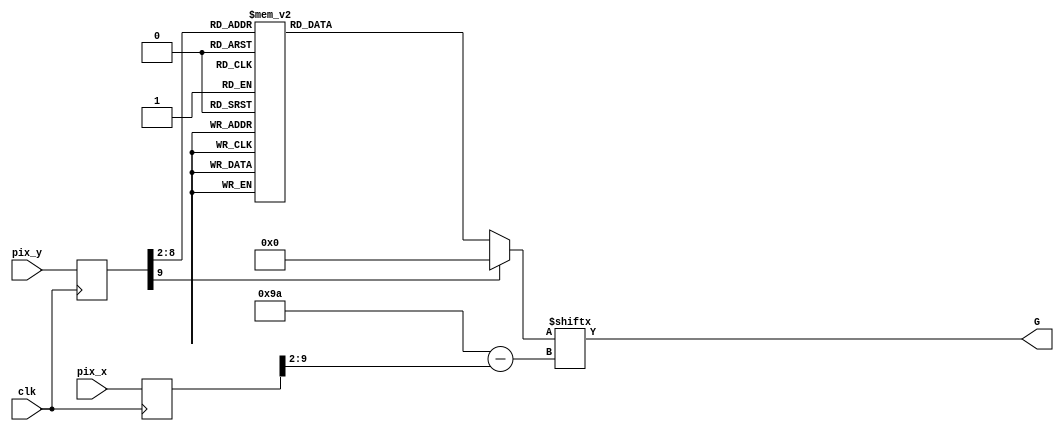
module G_rom
   (
      input wire clk,
      input wire [9:0] pix_x, pix_y,
      output wire G
    );
    
    // Internal signal
    reg [0:154] data;
    reg [9:0] pix_y_reg,pix_x_reg;
    
    always@(posedge clk)
       begin
           pix_x_reg <= pix_x;
           pix_y_reg <= pix_y;
       end
       
    
    
    always@*
       case (pix_y_reg[9:2])
        
	8'h000: data =160'b1111111111111111111111111111111111111111111111111111111111111111111111111111111111111111111111111111111111111111111111111111111111111111111111111111111111111111;
8'h001: data =160'b1111111111111111111111100110011111111111111111111111111111111111111111111111111111111111111111111111111111111111111111111111111111111111111111111111111111111111;
8'h002: data =160'b1111111111111111111101111111111011111111111111111111111111111111111111111111111111111111111111111111111111111111111111111111111111111111111111111111111111111111;
8'h003: data =160'b1111111111111111111001111111111101111111111111111111111111111111111111111111111111111111111111111111111111111111111111111111111111111111111111111111111111111111;
8'h004: data =160'b1111111111111111110001111111111110111111111111111111111111111111111111111111111111111111111111111111111111111111111111111111111111111111111111111111111111111111;
8'h005: data =160'b1111111111111111111001111111111111011111111111111111111111111111111111111111111111111111111111111111111111111111111111111111111111111111111111111111111111111111;
8'h006: data =160'b1111111111111111111001111111111111101111111111111111111111111111111111111111111111111111111111111111111111111111111111111111111111111111111111111111111111111111;
8'h007: data =160'b1111111000001111111000111111111111101111111111111111111111111111111111111111111111111111111111111111111111111111111111111111111111111111111111111111111111111111;
8'h008: data =160'b1111101111111011111100111111111111110111111111111111111111111111111111111111111111111111111111111111111001111110000011111111111111111111111111111111111111111111;
8'h009: data =160'b1110111111111111111100011111111111110111111111111111111111111111111111100111111110011111111111111111101111111111111110111111111111111111111111111111111111111111;
8'h00a: data =160'b1101111111111110111110011111111111111011111111111111111111111111111101111111111111111001111111111111111111111111111111101111111111111111111111111111111111111111;
8'h00b: data =160'b1101111111111111011110001111111111111011111111111111111111111111110111111111111111111111011111111101111111111111111111111011111111100000000000000000000000000001;
8'h00c: data =160'b1100111111111111101111001111111111111101111111111111111111111111011111111110000001111111110111111011111111111110111111111101111111000000000000000000000000000001;
8'h00d: data =160'b1100011111111111101111000111111111111111111111111111111111111110111111110000000000001111111011111111111111100000000011111111111111011111111111111111111111111101;
8'h00e: data =160'b1110011111111111110111100011111111111110111111111111111111111011111111100001111100000011111100011111111110000001100000111110111111001111111100110110111111111101;
8'h00f: data =160'b1110001111111111111011100011111111111110111111111111111111110111111110001111111111100011111111111111111100011111111110011111011111001111100111110111010011111101;
8'h010: data =160'b1111000111111111111111110000111111111111011111111111111111100111111100111111111111110001111111111111111101111111111111101111011111001110011110110110111100111101;
8'h011: data =160'b1111100011111111111101110000011111111111111111111111111111001111111001111111111111111001111111111111111001111111111111110111101111001001111111010101111110001101;
8'h012: data =160'b1111100001111111111111011111111111111111101111111111111111001111110111111111111111111001111111111111111011111111111111110111101111010001111111110011001011001101;
8'h013: data =160'b1111110000111111111111111111111111111011111111111111111110001111110111111111111111111101111111111111110111111111111111111011101111010011111111110111101011100101;
8'h014: data =160'b1111111000011111111111111111111111101111111111111111111110011111101111111111111111111101111111111111110111111111111111111111111111010011111111100111011111100101;
8'h015: data =160'b1111111100001111111111111111111111111111111111111111111110011111011111111111110001111110111111111111110111111111100011111101110111011001111111010010010111001101;
8'h016: data =160'b1111111110000111111111111111111101111111111111110111111100011111111111111111111100011110111111111111101111111111110001111101110111001000111110110101111110011101;
8'h017: data =160'b1111111110000011111111111111111111111111111111110111111100111110111111111111111100001110111111111111101111111111111000111101110111001110001110110110101000111101;
8'h018: data =160'b1111111111000000111111111111111111111111111111110111111100111110111111111111111100000111111111111111101111111111110000011101110111001111100001110111000011111101;
8'h019: data =160'b1111111111100000011111111111110111111111110000000111111100111111111111111101111000000111011111111111101111111011100011011101110111001111111111110111111111111101;
8'h01a: data =160'b1111111111110000001111111111110001111110000000000111111000111101111111111100000000110111011111111111111111111000000011011101110111001111111111111111111111111101;
8'h01b: data =160'b1111111111111000000111111111111000000000000000001111111000111101111111111100000000110111011111111111111111111000000011011111110111000000000000000000000000000001;
8'h01c: data =160'b1111111111111100000011111111111000000000000000011111111001111101111111111101111011101111011111111111011111111101111110111111110111111111111111000111111111111111;
8'h01d: data =160'b1111111111111110000000111111111000000000000000001111110000111101111111111110111111001111011111111111011111111110011001111111110011111111111111000111111111111111;
8'h01e: data =160'b1111111111111111000000000000000000000000000000001111100000111111111111111111001110111111011111111111101111111111101111111011111001111111111111000111111111111111;
8'h01f: data =160'b1111111111111111100000000000000000000000000000000111000000011111111111111111110011111101111111111111110011111111111111110111111110111111111111000111111111111111;
8'h020: data =160'b1111111111111111110000000000000000000000000000000010011111111101111111111111111111110111111111111111111110011111111111111111111111011111111111000111111111111111;
8'h021: data =160'b1111111111111111111000000000000000000000000000000000111111111110011111111111111111011111111111111111111111111111111111111111111111101111111111000111111111111111;
8'h022: data =160'b1111111111111111111100000000000000000000000000000001111111111111111111111111110111111111111111111111111111111111111111111111111111110111111111000111111111111111;
8'h023: data =160'b1111111111111111111110000000000000000000000000000011111111111111111111111111111111111111111111111111111111111111111111111111111111111011111111000111111111111111;
8'h024: data =160'b1111111111111111111111000000000000000000000000000111111111111111111111111111111111111111111111111111111111111111111111111111111111111101111111000111111111111111;
8'h025: data =160'b1111111111111111111111100000000000000000000000001111111111111111111111111111111111111111111111111111111111111111111111111111111111111101111111000111111111111111;
8'h026: data =160'b1111111111111111111111110000000000000000000000001111111111111111111111111111111111111111111111111111111111111111111111111111111111111110111111000111111111111111;
8'h027: data =160'b1111111111111111111111111000000000000000000000011111111111111111111111111111111111111111111111111111111111111111111111111111111111111110111111000111111111111111;
8'h028: data =160'b1111111111111111111111111100000000000000000000011111111111111111111111111111111111111111111111111111111111111111111111111111111111111111011111000111111111111111;
8'h029: data =160'b1111111111111111111111111110000000000000000000011111111111111111111111111111111111111111111111111111111111111111111111111111111111111111011111000111111111111111;
8'h02a: data =160'b1111111111111111111111111111000000000000000000001111111111111111111111111111111111111111111111111111111111111111111111111111111111111111001111000111111111111111;
8'h02b: data =160'b1111111111111111111111111111100000000000000000000111111111111111111111111111111111111111111111111111111111111111111111111111111111111111001111000111111111111111;
8'h02c: data =160'b1111111111111111111111111111111000000000000000000011111111111111111111111111111111111111111111111111111111111111111111111111111111111111001111000111111111111111;
8'h02d: data =160'b1111111111111111111111111111111100000000000000000001111111111111111111111111111111111111111111111111111111111111111111111111111111111110001111000111111111111111;
8'h02e: data =160'b1111111111111111111111111111111110000000000000000000011111111111111111111111111111111111111111111111111111111111111111111111111111111110001111000111111111111111;
8'h02f: data =160'b1111111111111111111111111111111111000000000000000000001111111111111111111111111111111111111111111111111111111111111111111111111111111100001111000111111111111111;
8'h030: data =160'b1111111111111111111111111111111111110000000000000000000011111111111111111111111111111111111111111111111111111111111111111111111111111000001111000111111111111111;
8'h031: data =160'b1111111111111111111111111111111111111000000000000000000000111111111111111111111111111111111111111111111111111111111111111111111111110000011111000111111111111111;
8'h032: data =160'b1111111111111111111111111111111111111110000000000000000000001111111111111111111111111111111111111111111111111111111111111111111111000000011111000111111111111111;
8'h033: data =160'b1111111111111111111111111111111111111111000000000000000000000011111111111111111111111111111111111111111111111111111111111111111110000000111111000111111111111111;
8'h034: data =160'b1111111111111111111111111111111111111111110000000000000000000000011111111111111111111111111111111111111111111111111111111111111000000001111111000111111111111111;
8'h035: data =160'b1111111111111111110001111111111111111111111000000000000000000000000011111111111111111111111111111111111111111111111111111111100000000011111111000111111111111111;
8'h036: data =160'b1111111111111110000000001111111111111111111110000000000000000000000000011111111111111111111111111111111111111111111111111100000000000111111111000111111111111111;
8'h037: data =160'b1111111111111000000001000011111111111111111111000000000000000000000000000001111111111111111111111111111111111111111111100000000000011111111111000111111111111111;
8'h038: data =160'b1111111111110000010001000001111111111111111111110000000000000000000000000000000111111111111111111111111111111111110000000000000001111111111111000111111111111111;
8'h039: data =160'b1111111111100000010001000000111111111111111111111100000000000000000000000000000000000111111111111111111111110000000000000000000111111111111111000111111111111111;
8'h03a: data =160'b1111111111000000011000000000011111111111111111111110000000000000000000000000000000000000000000000000000000000000000000000000111111111111111111000111111111111111;
8'h03b: data =160'b1111111110000000001010100000001111111111111111111111100000000000000000000000000000000000000000000000000000000000000000000111111111111111111111000111111111111111;
8'h03c: data =160'b1111111110000000101010100000000111111111111111111111111000000000000000000000000000000000000000000000000000000000000000001111111111111111111111000111111111111111;
8'h03d: data =160'b1111111100000000101010100000000111111111111111111111111110000000000001000000000000000000000000000000000000000000000000001111111111111111111111000111111111111111;
8'h03e: data =160'b1111111000000000100010100000000011111111111111111111111111100000000000111000000000000000000000000000000000000000000000011111111111111111111111000111111111111111;
8'h03f: data =160'b1111111000000000100100000000000011111111111111111111111111111000000001001111000000000000000000000000000000000000000000111111111111111111111111000111111111111111;
8'h040: data =160'b1111111000000000000100000000000011111111111111111111111111111000000000010011111000000000000000000000000000000000000001111111111111111111111111000111111111111111;
8'h041: data =160'b1111110000000011000100011000000001111111111111111111111111110000000000001101111111100000000000000000000000000000000011111111111111111111111111000111111111111111;
8'h042: data =160'b1111110000001000000100010110000001111111111111111111111111110000000000000011001111111110000000000000000111000000000111111111111111111111111111000111111111111111;
8'h043: data =160'b1111110000010001000100010001000001111111111111111111111111100010000000111000111001111111111111111111111111000000000011111111111111111111111111000111111111111111;
8'h044: data =160'b1111110000010001000100010001000001111111111111111111111111000111100001111111000111001111111111111111111110000000000001111111111111111111111111000111111111111111;
8'h045: data =160'b1111100000100001000100010000100000111111111111111111111111000111111011111111110000111100111111111111111000000000000000111111111111111111111111000111111111111111;
8'h046: data =160'b1111100000100001000100010000100000111111111111111111111110001111111011111111111110000111111100000000111100000000000000001111111111111111111111000111111111111111;
8'h047: data =160'b1111100000100001000100010000100000111111111111111111111100001111110111111111111111111000000111111111000000000000000000110111111111111111111111000111111111111111;
8'h048: data =160'b1111100000101111000100001100100000111111111111111111111100011111101111111111111111111111111000000000000000000000000000111011111111111111111111000111111111111111;
8'h049: data =160'b1111100000010001000000000011000000111111111111111111111000111111011111111111111111111111111111111000000001100000000000011100111111111111111111000111111111111111;
8'h04a: data =160'b1111100000101000000000000011000000111111111111111111111000111111011111111111111111111111111111111000000111100000000000011111111111111111111111000011111111111111;
8'h04b: data =160'b1111100000100100000010000100100000111111111111111111111001111110111111111111111111111111111111111000111111100000000000011111111110111111011111110110011111111111;
8'h04c: data =160'b1111100001000010001010001000000000111111111111111111111101111101111111111111111111111111111111111011111111100010000000001111111111111110111111111100000111111111;
8'h04d: data =160'b1111100001000001001010010000010000111111111111111111111110111011111111111111111111111111111111111011111111100011000000001111111111111111111111110000000111111111;
8'h04e: data =160'b1111110001000000101010100000010001111111111111111111111111001011111111111111111111111111111111111011111111100011100000000111111111111111111111100000111111111111;
8'h04f: data =160'b1111110000000000101010100000000001111111111111111111111111100111111111111111111111111111111111111011111111100011110000000011111111111111111111000001111111011111;
8'h050: data =160'b1111110000100000010011000000100001111111111111111111111111111111111111111111111111111111111111111011111111100011111000000001111111111101111110000011111111101111;
8'h051: data =160'b1111110000010010001010000001000001111111111111111111111111001111111111111111111111111111111111111011111111110011111100000000011111111100111000000011111111101111;
8'h052: data =160'b1111111000001010001010000010000011111111111111111111111111111000111111111111111111111111111111111011111110000111111110000000001111111100000000000001111111100111;
8'h053: data =160'b1111111000000100001010000000000011111111111111111111111111111111001111111111111111111111111111111000000011101111111111100000000011111100000000000000111111100111;
8'h054: data =160'b1111111100000100001100000100000111111111111111111111111111111111110000011111111111111111111111111111111111111111111111110000000000111000000111100000000011000111;
8'h055: data =160'b1111111100000010001100001000000111111111111111111111111111111111110011100000111111111111111111111111111110001111111111111000000000000000111111111100000000000111;
8'h056: data =160'b1111111110000010000100001000001111111111111111111111111111111111100011111110000000000000111111000000000000101111111111111100000000000001111111111111000000001111;
8'h057: data =160'b1111111110000010000100010000001111111111111111111111111111111111100111111111111110000000000000011111111111110111111111111111000000000001111111111111110000011111;
8'h058: data =160'b1111111111000000000100010000011111111111111111111111111111111111000111111111111111111111111111111111111111111101111111111111100000000000111111111111100001111111;
8'h059: data =160'b1111111111100001000100010000111111111111111111111111111111111111001111111111111001111111111111111111111111111110011111111111111000000000001111111111000001111111;
8'h05a: data =160'b1111111111110001000100010001111111111111111111111111111111111110001111111111111100000011111111111111111111111111101111111111111100000000000000000000000011111111;
8'h05b: data =160'b1111111111111101000100010111111111111111111111111111111111111110011111111111111110000000001111111111111111111111110011111111111111000000000000000000000111111111;
8'h05c: data =160'b1111111111111111000100011111111111111111111111111111111111111100011111111111111111000010000011111111111111111111111101111111111111110000000000000000001111111111;
8'h05d: data =160'b1111111111111111111111111111111111111111111111111111111111111100111111111111111111000011000000111111111111111111111100111111111111111111110000000000011111111111;
8'h05e: data =160'b1111111111111111111111111111111111111111111111111111111111111111000111111111111111000011110000011111111111111111110001111111111111111111111111000111111111111111;
8'h05f: data =160'b1111111111111111111111111111111111111111111111111111111111111111110000001111111111000011111000000111111111111110001110111111111111111111111111000111111111111111;
8'h060: data =160'b1111111111111111111111111111111111111111111111111111111111111111110011110000000000000011111110000001111110000001111111011111111111111111111111000111111111111111;
8'h061: data =160'b1111111111111111111111111111111111111111111111111111111111111111100111111110000000111111111111000000000000011111111111111111111111111111111111000111111111111111;
8'h062: data =160'b1111111111111111111111111111111111111111111111111111111111111111001111111111000000111111111111111110000000011111111111111011111111111111111111000111111111111111;
8'h063: data =160'b1111111111111111111111111111111111111111111111111111111111111111011111111111000000111111111111111111100000001111111111111111111111111111111111000111111111111111;
8'h064: data =160'b1111111111111111111111011111111011111111111111111111111111111110111111111111000000111111111111111111110000000111111111111111011111111111111111000111111111111111;
8'h065: data =160'b1111111111111111011111001101111011111111111111111111111111111110111111111111000000111111111111111111111000000001111111111111110111111111111111000111111111111111;
8'h066: data =160'b1111101111101111111111010111111011111111111111111111111111111101111111111111100000111111111111111111111100000000111111111111111011111111111111110111111111111111;
8'h067: data =160'b1111111111111111111111111111111111111111111111111111111111111001111111111111100000011111111111111111111111000000011111111111111111111111111111111111111111111111;
8'h068: data =160'b1111111111111111111111111111111111111111111111111111111111111011111111111111100000011111111111111111111111100000000111111111111111011111111111111111111111111111;
8'h069: data =160'b1111111111111111111111111111111111111111111111111111111111111111111111111111000000011111111111111111111111110000000011111111111111110111111111111111111111111111;
8'h06a: data =160'b1111110101111111111110101111011111011111111111111111111111111111111111111110000000111111111111111111111111111000000001111111111111111001111111111111111111111111;
8'h06b: data =160'b1111111101111111111111101011101111111111111111111111111111111111111111111111000000011111111111111111111111111100000000111111111111111111101111111111111111111111;
8'h06c: data =160'b1111111101110111111111101011111101111111111111111111011111111111111111111111000000011111111111111111111111111110000000111111111111111111111100111111111111111111;
8'h06d: data =160'b1111111111111011111111101111111111111111111111111101111111111111111111111111100000011111111111111111111111111111000000011111111111111111111111101111111111111111;
8'h06e: data =160'b1111111111111111111111111111111111111111111111011111111111111100001111111111100000011111111111111111111111111111100000001111111111111111111111111011111111111111;
8'h06f: data =160'b1111111111111111111111111111111111111111111110111111111110000011111111111111000000001111111111111111111111111111110000000111111111111100001111111110111111111111;
8'h070: data =160'b1111111111111111111111111111111111111111111111111111111100011111111111111110000000001111111111111111111111111111111000000001111111111111110011111111110111111111;
8'h071: data =160'b1111101111110111101111011111111111111111111111111111111000111111111111111100000000001111111111111111111111111111111000000000111111111111110001111111111011111111;
8'h072: data =160'b1111111110111111111011011111110111111111111110001111110000111111111111111000000000011111111111111111111111111111111110000000001111111111110001111111111011111111;
8'h073: data =160'b1111101111110111101111011111111111111111111111000000000000000000000000000000000000111111111111111111111111111111111111100000001111111111110000111111111011111111;
8'h074: data =160'b1111111111111111111111111111111111111111111111111111111111000000000000000000001111111111111111111111111111111111111111111000000000111111100000000000000011111111;
8'h075: data =160'b1111111111111111111111111111111111111111111111111111111111111111111111111111111111111111111111111111111111111111111111111111100000000000000000000000000111111111;
8'h076: data =160'b1111111111111111111111111111111111111111111111111111111111111111111111111111111111111111111111111111111111111111111111111111111111111111111111111111111111111111;
8'h077: data =160'b1111111111111111111111111111111111111111111111111111111111111111111111111111111111111111111111111111111111111111111111111111111111111111111111111111111111111111;

default : data = 0; 
	endcase
 
 // output logic 
    assign G = data[pix_x_reg[9:2]];
    
endmodule